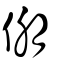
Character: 倗